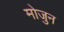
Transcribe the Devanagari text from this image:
मोजुन